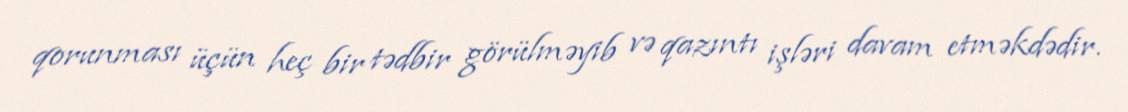
qorunması üçün heç bir tədbir görülməyib və qazıntı işləri davam etməkdədir.